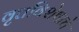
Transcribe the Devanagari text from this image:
वृत्तविशेषाचे